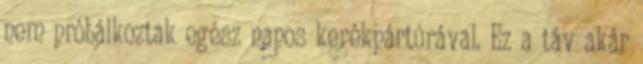
nem próbálkoztak egész napos kerékpártúrával. Ez a táv akár